Bréfritari: Guðjón Erlendsson
Viðtakandi: Einar Friðgeirsson
Dagsetning: A-1891-07-01
Skrifað á: Sviðholti  Gull.

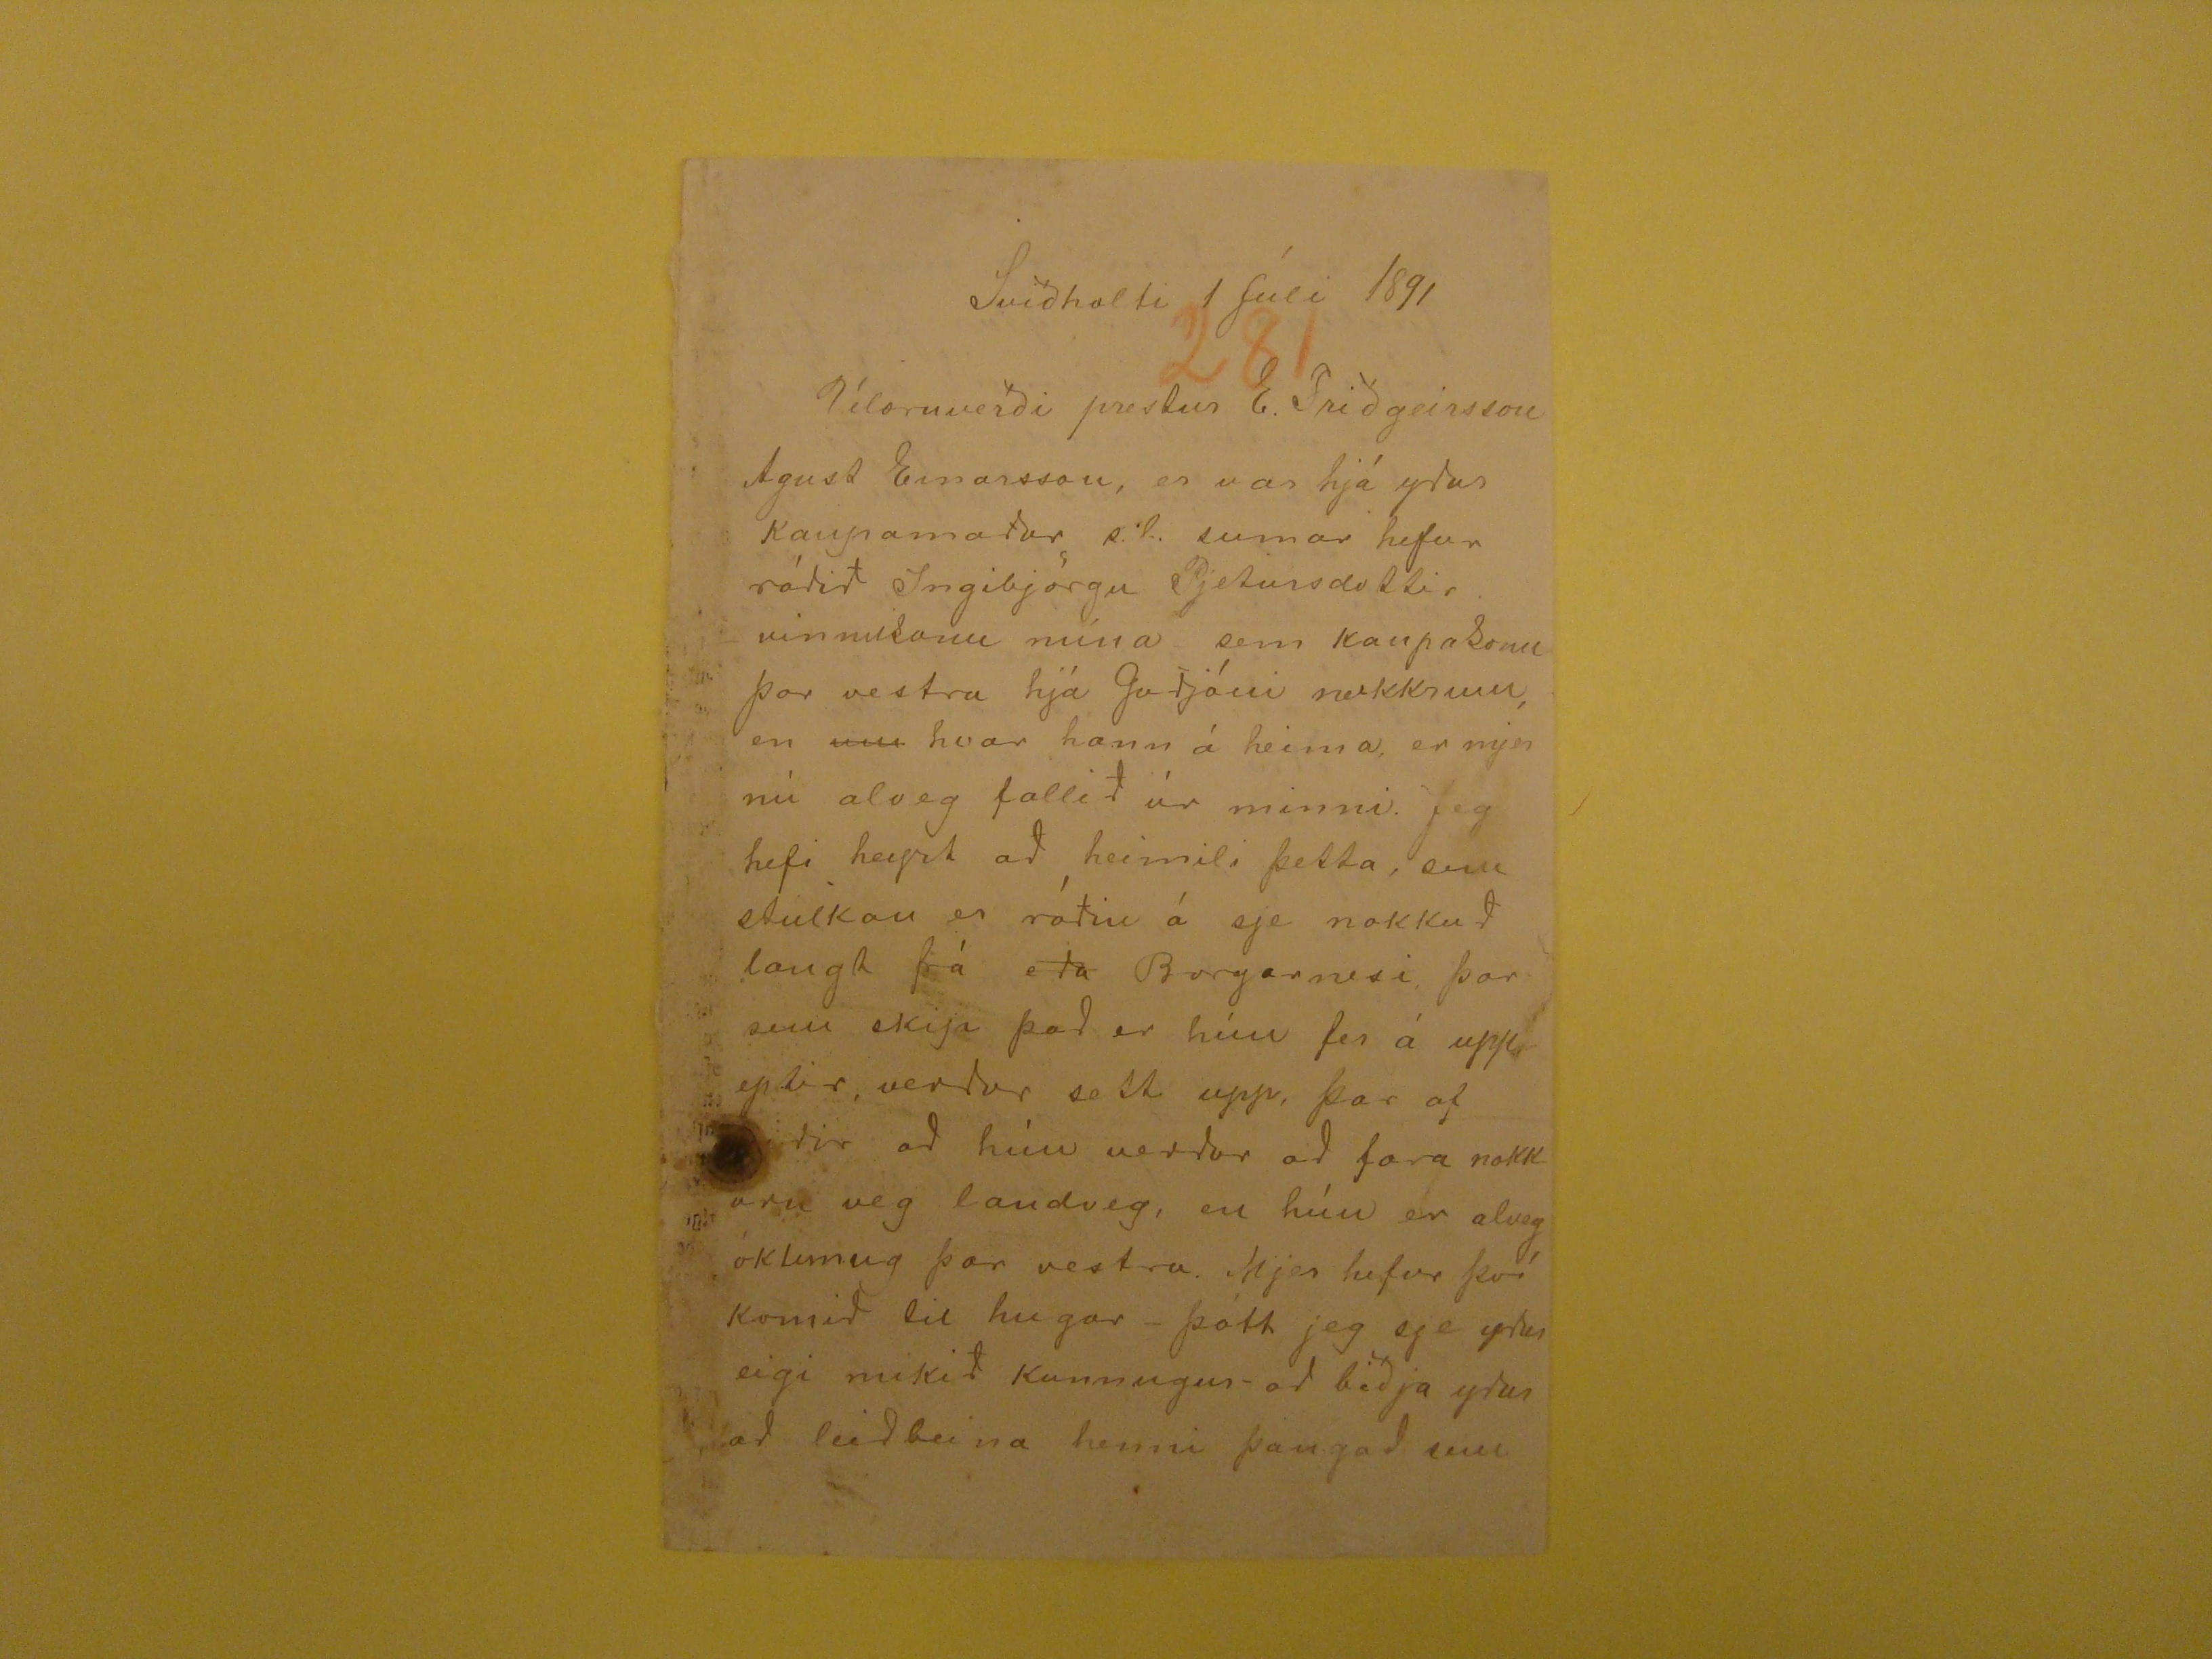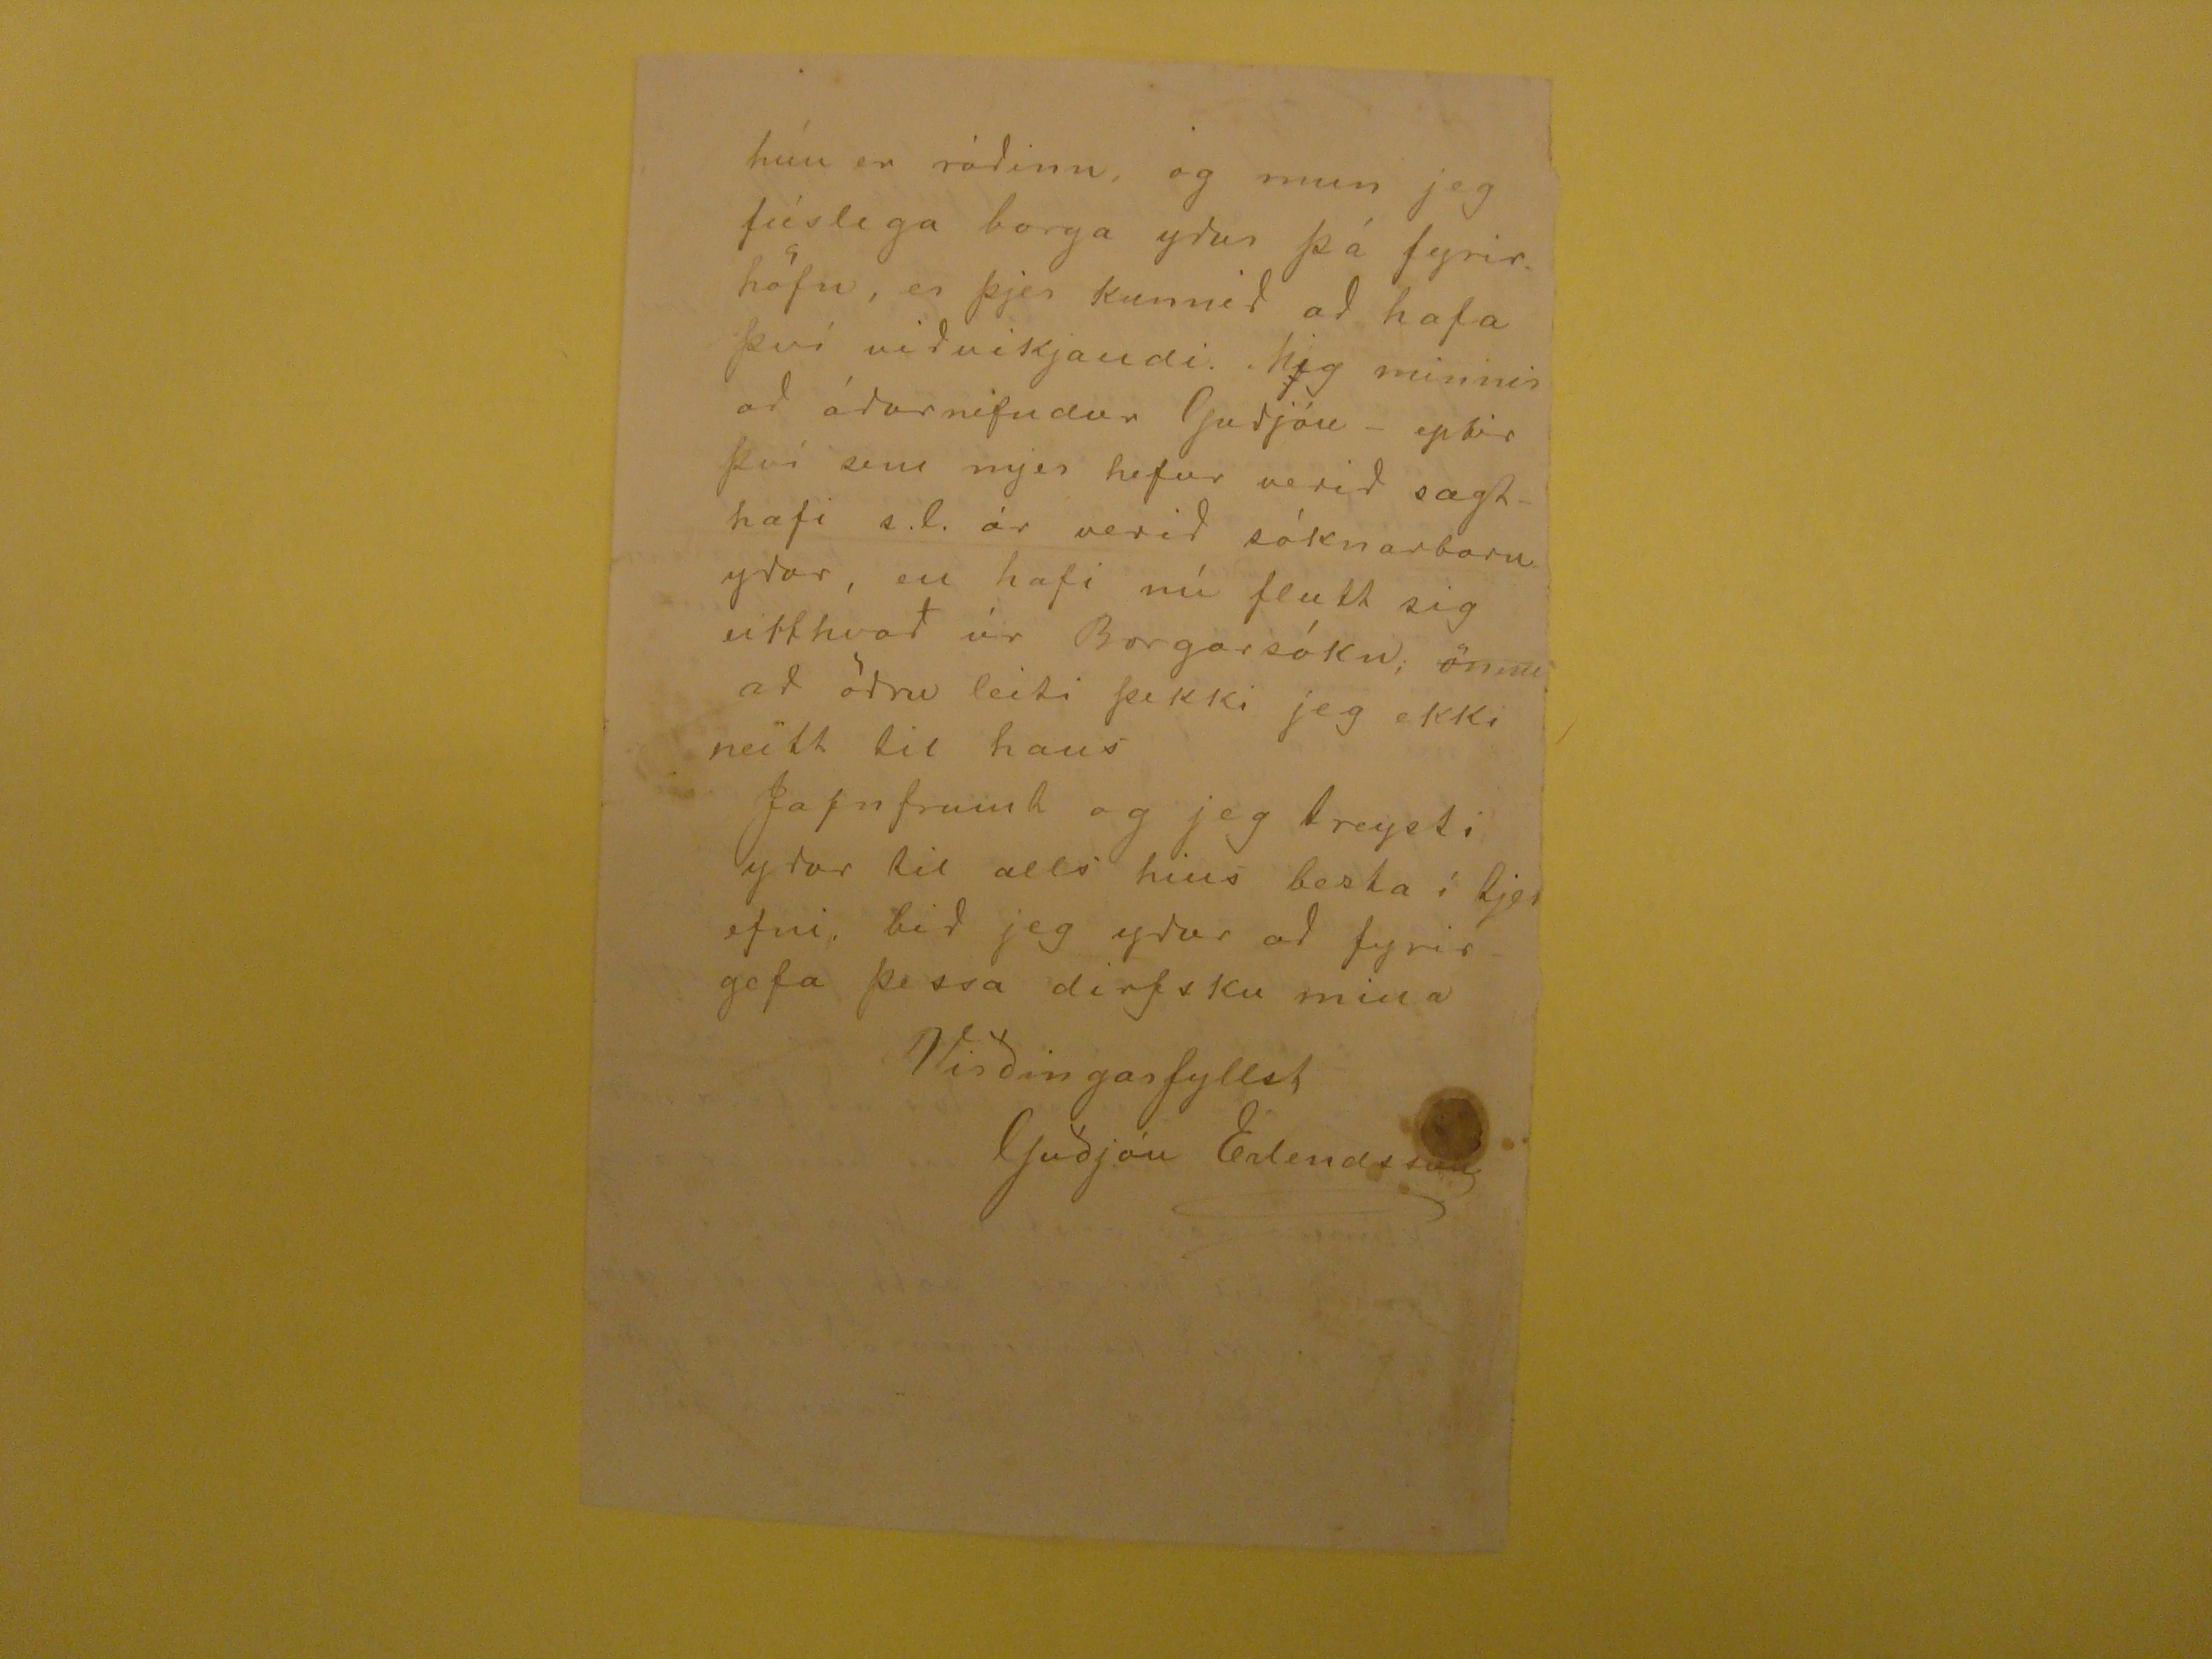

Sviðholti 1 Júli 1891
Velæruverði prestur E. Friðgeirsson
Agust Einarsson, er var hjá yður kaupamaður s.l. sumar hefur ráðið Ingibjörgu Pjetursdottir vinnukonu mína sem kaupakonu þar vestra hjá Guðjóni nokkrum, en
um
hvar hann á heima er mjer nú alveg fallið úr minni. Jeg hefi heyrt að heimili þetta, sem stulkan er ráðin á sje nokkuð
laugt þá eða
Borgarnesi, þar sem skija það er hún fer á uppeptir, verður sett upp, þar af
??ðir
að hún verður að fara nokkurn
veg landveg, en hún er alveg
óklernug
þar vestra. Mjer hefur því komið til hugar - þótt jeg sje yður eigi mikið kunnugur að biðja yður að leiðbeina
henni þangað sem
hún er ráðinn, og mun jeg fúslega borga yður þá fyrir. hófu, en þjer kunnið að hafa því viðvikjandi. Mig minnir að áður nefndur Guðjón - eptir því sem mjer hefur
verið sagt hafi s.l. ár verið sóknarbarn yðar, en hafi nú flutt sig eitthvað úr Borgarsókn;
önnu
að öðru leiti þekki jeg ekki
neitt til hans JAfnframt og jeg treysti yður til alls hins besta í
sjerefni
. bið jeg yður að fyrirgefa þessa dirfsku mina
Virðingarfyllst
Guðjón Erlendsson